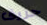
حريق